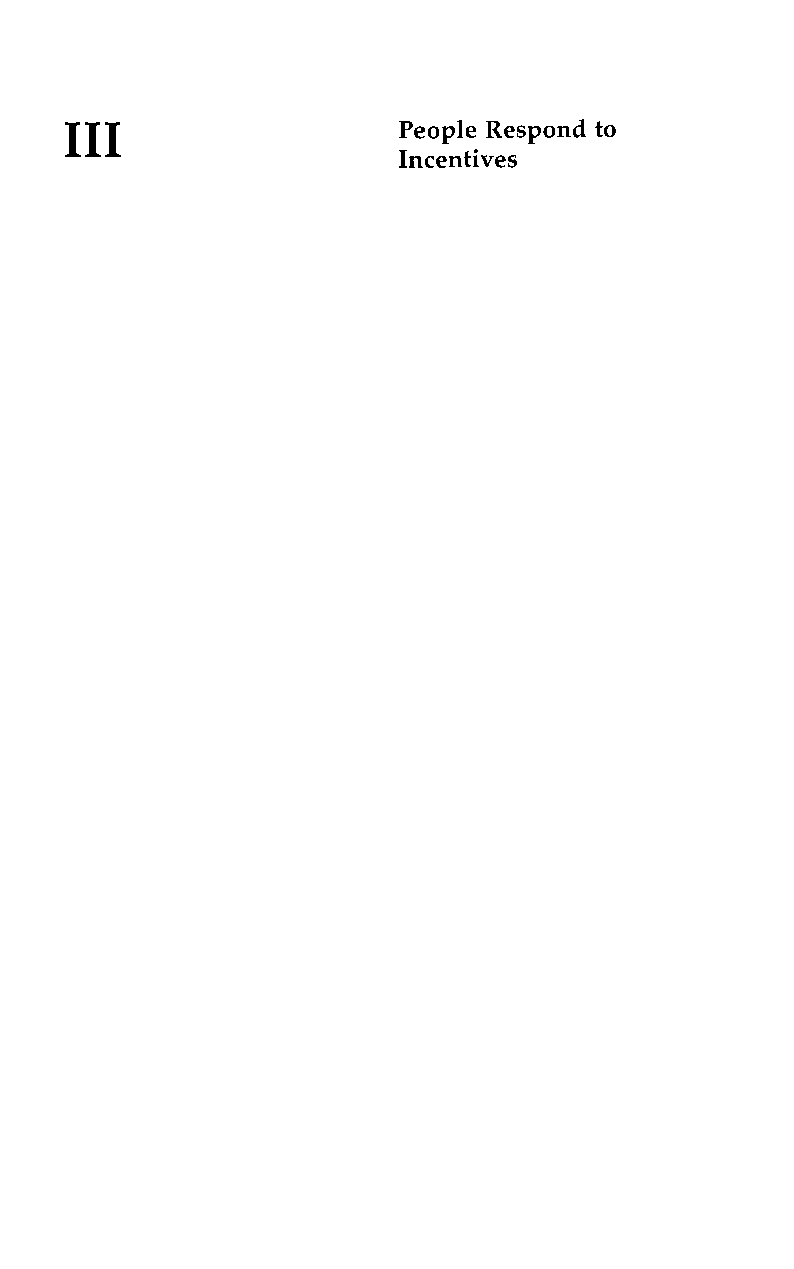
I11                   People Respond to
 Incentives